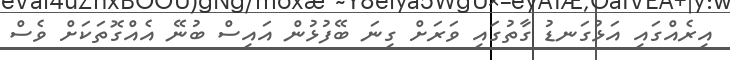
އިރެއްގައި އަޅުގަނޑު ގާތުގައި ވަރަށް ގިނަ ބޭފުޅުން އައިސް ބުނޭ އެއްގޮތަކަށް ވެސް